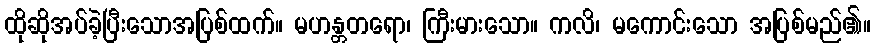
ထိုဆိုအပ်ခဲ့ပြီးသောအပြစ်ထက်။ မဟန္တတရော၊ ကြီးမားသော။ ကလိ၊ မကောင်းသော အပြစ်မည်၏။